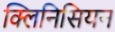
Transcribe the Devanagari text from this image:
क्लिनिसियन